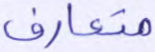
متعارف